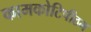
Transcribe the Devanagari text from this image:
कामकोटिपीठम